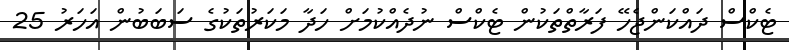
ޓެކްސް ދައްކަންޖެހޭ ފަރާތްތަކުން ޓެކްސް ނުދެއްކުމަށް ހަދާ މަކަރުތަކުގެ ސަބަބުން އަހަރު 25